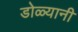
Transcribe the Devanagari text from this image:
डोळ्यानी